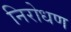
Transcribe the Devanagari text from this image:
निरोधण